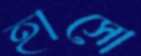
হাসো